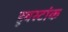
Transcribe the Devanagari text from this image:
हूबस्टांक